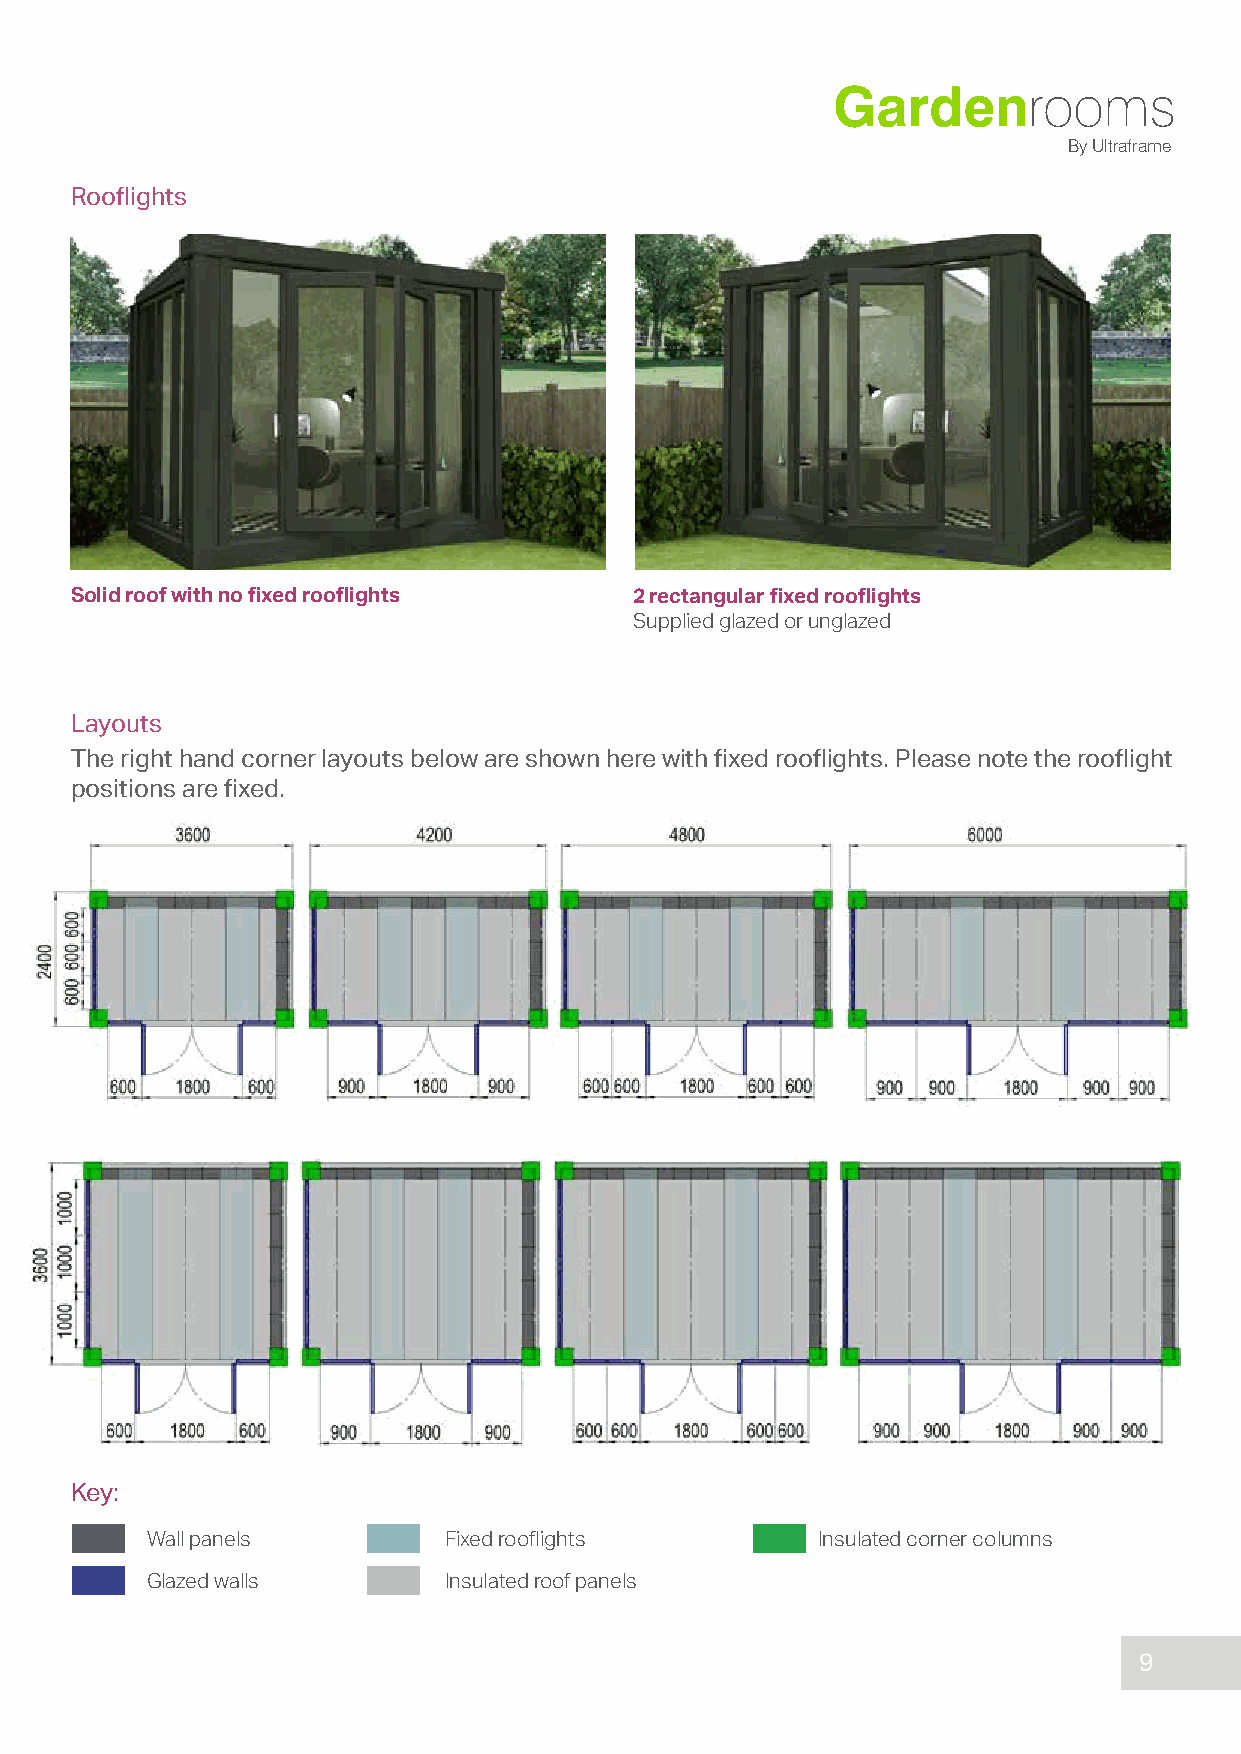
Gardenrooms
 By Ultraframe
 Rooflights
 Solid roof with no fixed rooflights  2 rectangular fixed rooflights
 Supplied glazed or unglazed
 Layouts
 The right hand corner layouts below are shown here with fixed rooflights. Please note the rooflight
 positions are fixed.
 Key:
 Wall panels        Fixed rooflights         Insulated corner columns
 Glazed walls       Insulated roof panels
 9